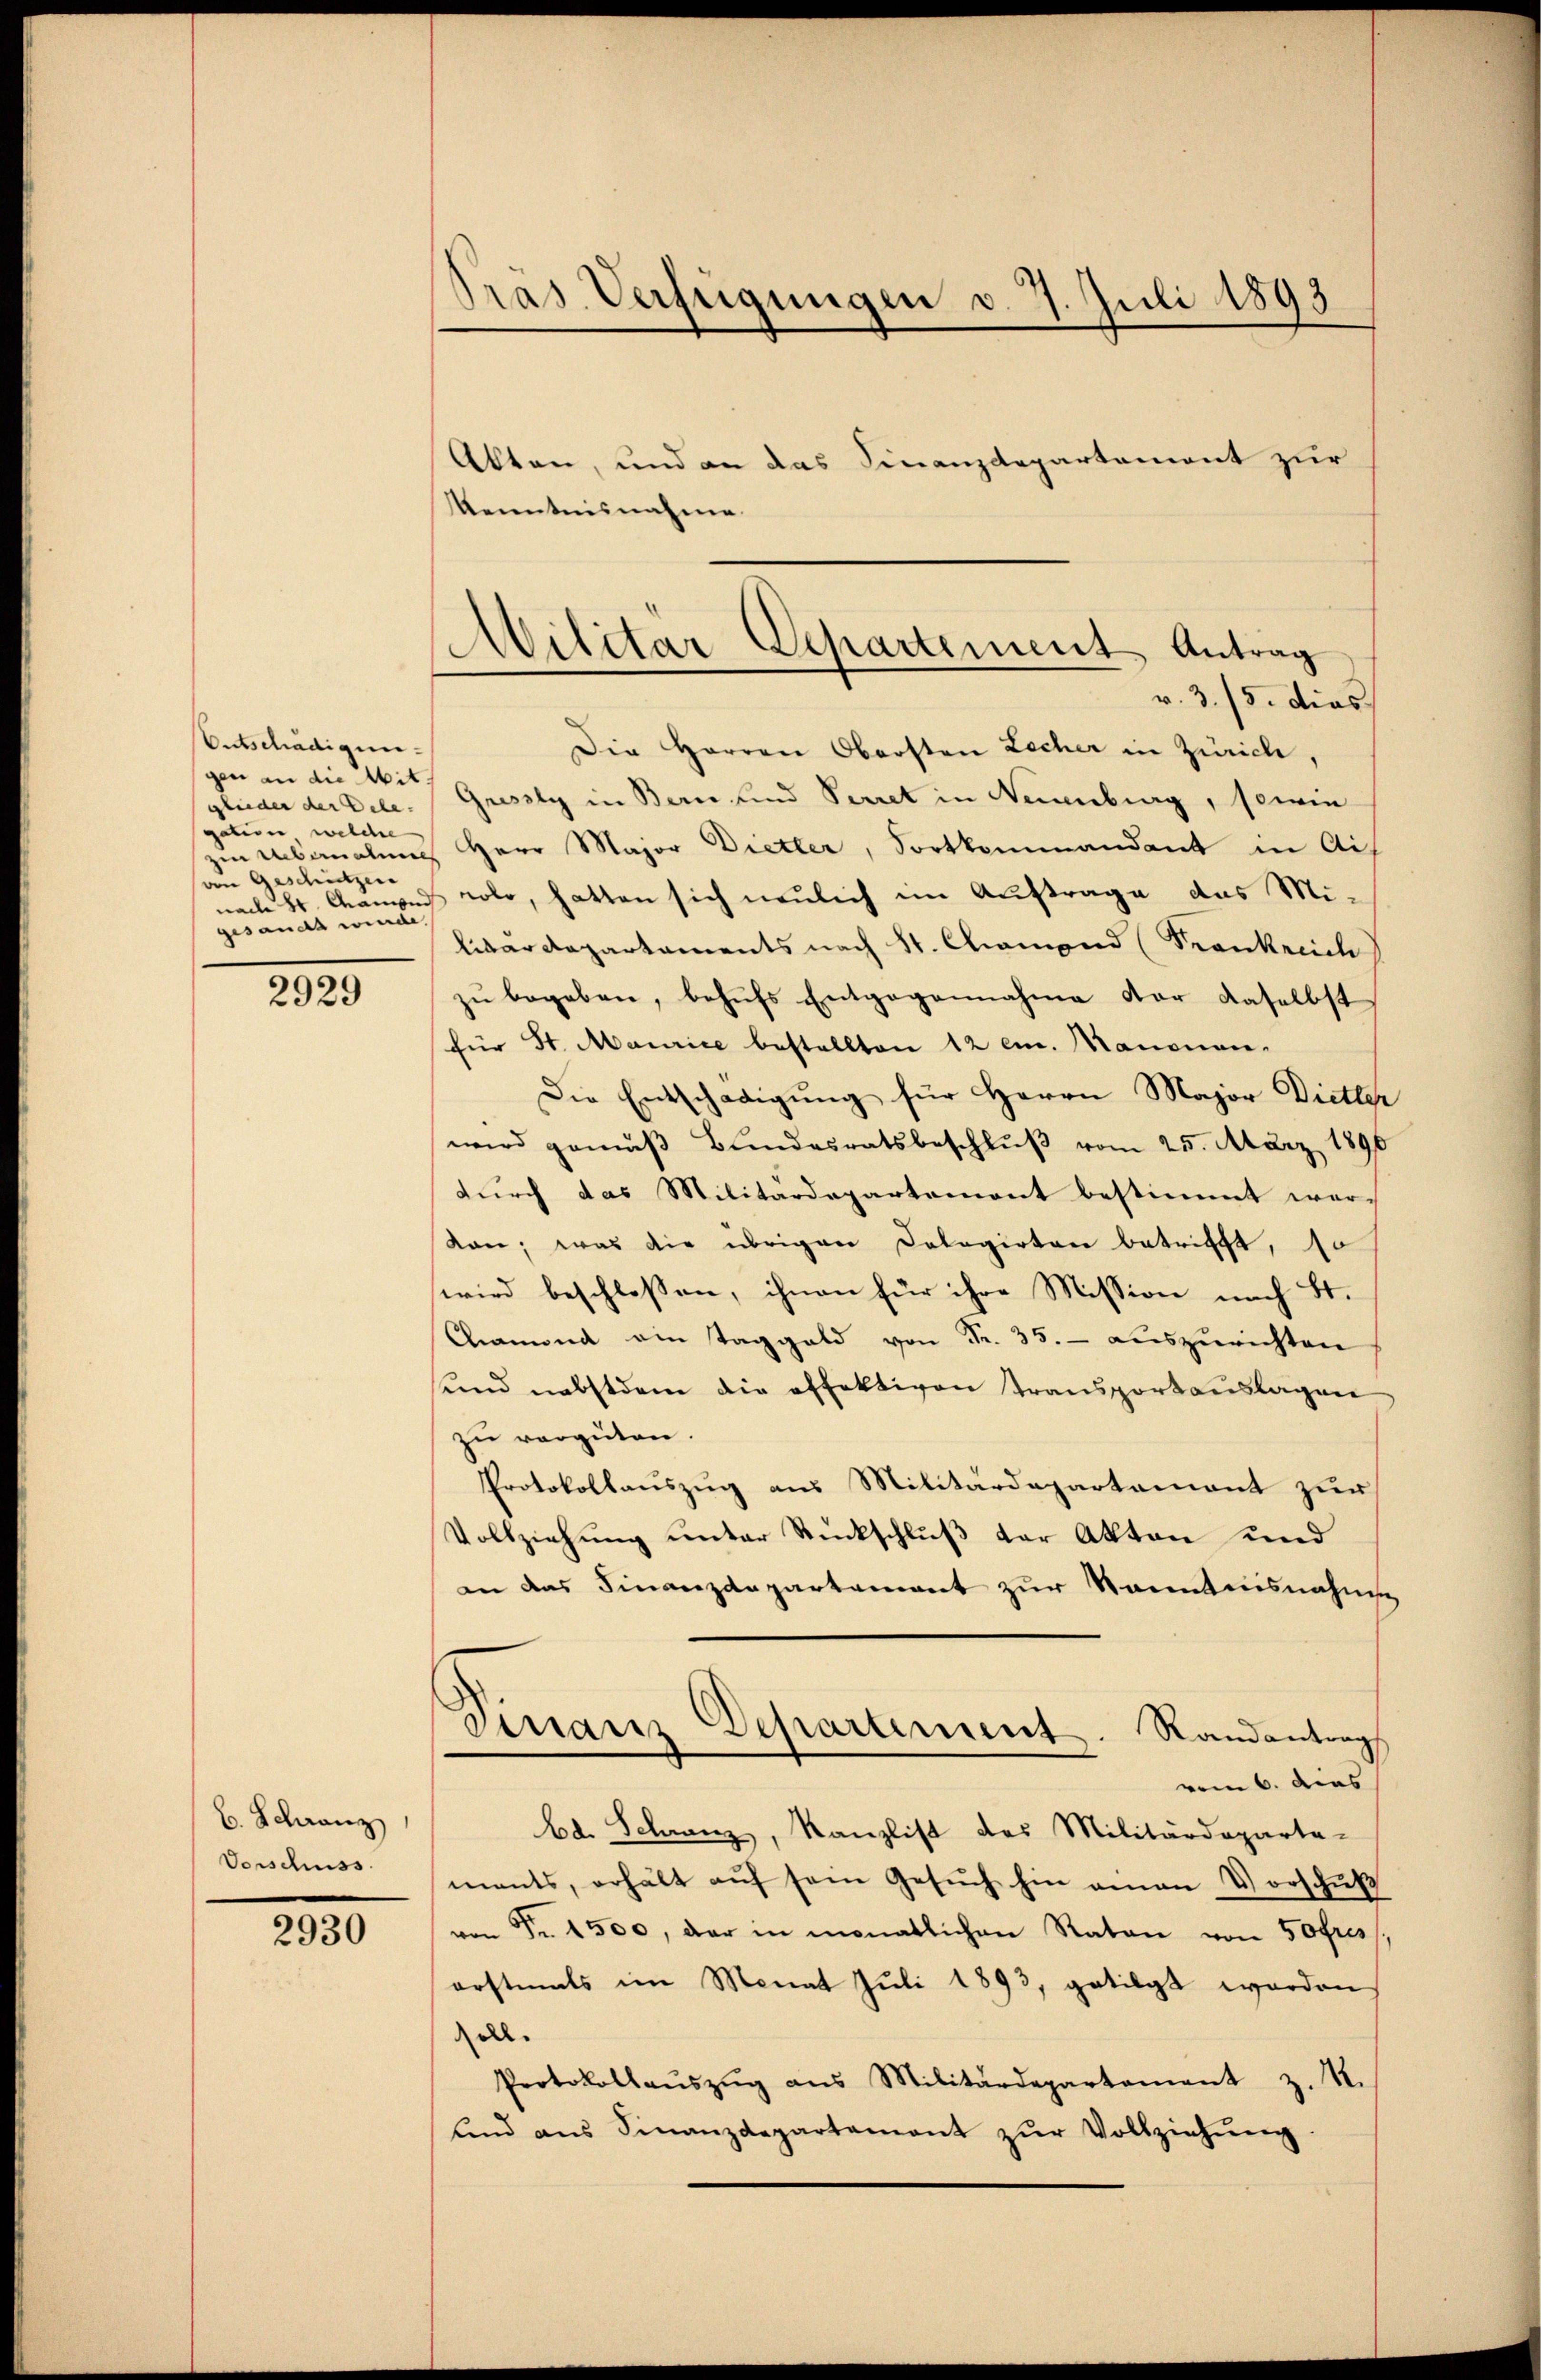
Entschädigungen an die Mit
glieder der Dele-
gation welcher
von Geschützen
gesandten

2929

C. Schranz
Vorschuss

2930

präs. Verfügungen v. 7. Juli 1893

Akten, und an das Finanzdepartemont zur
Kenntnisnahme
v. 3. 15. dies
Die Herren Obersten Locher in Zürich,
Gressly in Bern und Secret in Neuenburg, sowie
zu Abandlung Herr Major Dietler, Fortkommandant in Aig
nach H. Canon rolo, hatten sich neulich im Auftrage das Militärdepartaments nach St. Chamond (Trankreich
zŭ begeben, behufs Entgegennahme der daselbst
für St. Maurice bestellten 12 em. Manonen-
Die Entschädigŭng für Herrn Major Dietter
wird gemäß Bundesratsbeschlŭβ vom 25. März 1896
durch das Militärdepartement bestimmt wer-
Kon; was die übrigen Cologirten betrifft, so
wird beschloßen, ihnen für ihre Mission nach St.
Chramond ain Taggeld von Fr. 35. auszurichten
sund nebstdem die offektiven transportauslagen
zu vergüten.
Protokollauszug aus Militärdepartamant zur
Vollziehung unter Rückschluß der Akten und
in das Finanzdepartement zur Sanntnisnahme
Finanz Departement. Randantrag
vom 6. dies
bd. Schranz, Kanzlist des Militärdeparte-
ments, erhält aŭf sein Gesŭch hin einen Vorschŭβ
von Fr. 1500, der in monatlichen Raten von 50fres
erstmals im Monat Juli 1893, getilgt worden
ell.
Protokollaŭszŭg ans Militärdepartement z. S.
ŭnd ans Finanzdepartement zŭr Vollziehŭng

Militär Departement Antrag